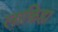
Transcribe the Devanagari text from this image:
लाकिहा